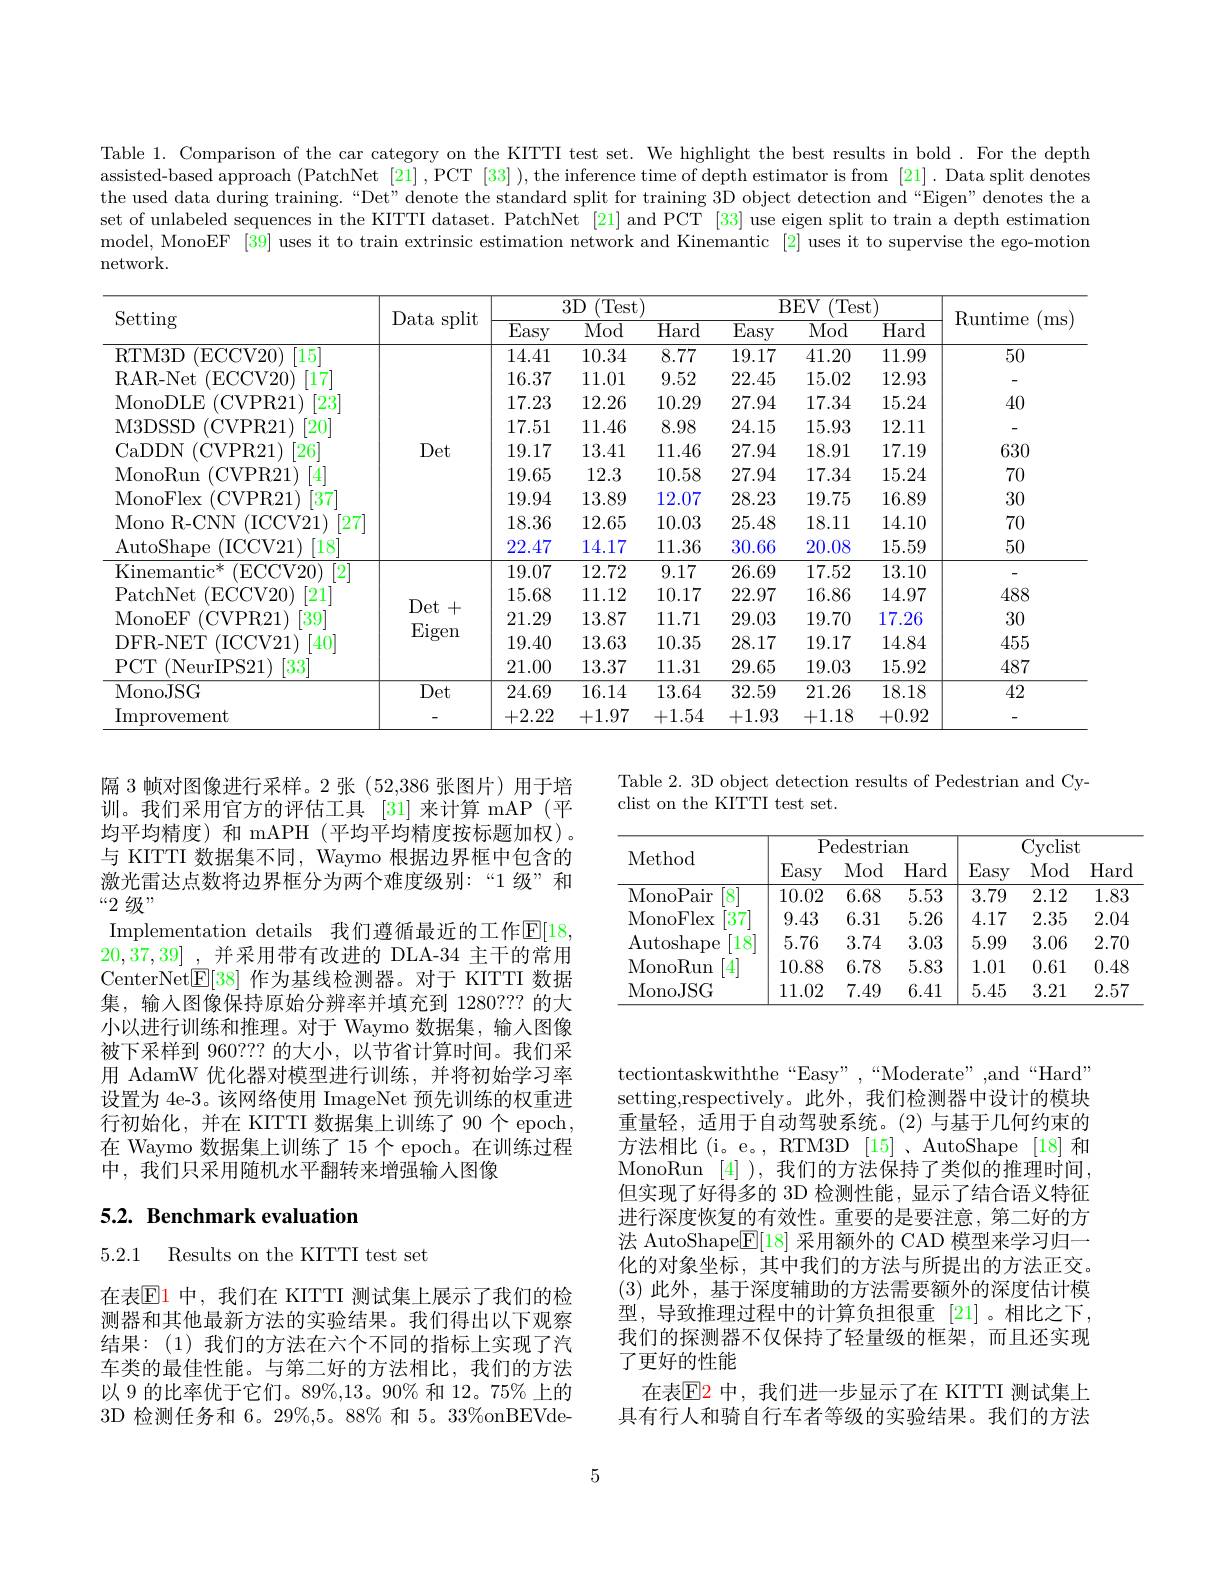
Table 1. Comparison of the car category on the KITTI test set. We highlight the best results in bold. For the depth assisted-based approach (PatchNet [21] ,PCT [33] ), the inference time of depth estimator is from [21]. Data split denotes the used data during training.“Det”denote the standard split for training 3D object detection and“Eigen" denotes the a set of unlabeled sequences in the KITTI dataset. PatchNet [21] and PCT [33] use eigen split to train a depth estimation model, MonoEF [39] uses it to train extrinsic estimation network and Kinemantic [2] uses it to supervise the ego-motion network.

<table>
	<tbody>
		<tr>
			<th rowspan="2">Setting</th>
			<th rowspan="2">Data split</th>
			<th colspan="3">3D(Test)</th>
			<th colspan="3">$\overline{\mathrm{BEV~(Test)}}$</th>
			<th rowspan="2">Runtime ms</th>
		</tr>
		<tr>
			<th>$\overline{\mathrm{Easy}}$</th>
			<th>Mod</th>
			<th>$\overline{\mathrm{Hard}}$</th>
			<th>$\overline{\mathrm{Easy}}$</th>
			<th>Mod</th>
			<th>$\overline{\mathrm{Hard}}$</th>
		</tr>
		<tr>
			<td>RTM3D (ECCV20) 15</td>
			<td> </td>
			<td>14.41</td>
			<td>10.34</td>
			<td>8.77</td>
			<td>19.17</td>
			<td>41.20</td>
			<td>11.99</td>
			<td>50</td>
		</tr>
		<tr>
			<td>[17] RAR- Net (ECCV20)</td>
			<td rowspan="8">Det</td>
			<td>16.37</td>
			<td>11.01</td>
			<td>9.52</td>
			<td>22.45</td>
			<td>15.02</td>
			<td>12.93</td>
			<td> </td>
		</tr>
		<tr>
			<td>MonoDLE $\left[23\right]$ (CVPR21)</td>
			<td>17.23</td>
			<td>12.26</td>
			<td>10.29</td>
			<td>27.94</td>
			<td>17.34</td>
			<td>15.24</td>
			<td>40</td>
		</tr>
		<tr>
			<td>[20] M3DSSD (CVPR21)</td>
			<td>17.51</td>
			<td>11.46</td>
			<td>8.98</td>
			<td>24.15</td>
			<td>15.93</td>
			<td>12.11</td>
			<td> </td>
		</tr>
		<tr>
			<td>[26] CaDDN (CVPR21)</td>
			<td>19.17</td>
			<td>13.41</td>
			<td>11.46</td>
			<td>27.94</td>
			<td>18.91</td>
			<td>17.19</td>
			<td>630</td>
		</tr>
		<tr>
			<td>MonoRun [4] (CVPR21)</td>
			<td>19.65</td>
			<td>12.3</td>
			<td>10.58</td>
			<td>27.94</td>
			<td>17.34</td>
			<td>15.24</td>
			<td>70</td>
		</tr>
		<tr>
			<td>[37 MonoFlex ${\mathrm{<}}($CVPR21)</td>
			<td>19.94</td>
			<td>13.89</td>
			<td>12.07</td>
			<td>28.23</td>
			<td>19.75</td>
			<td>16.89</td>
			<td>30</td>
		</tr>
		<tr>
			<td>$[27^{.}$ Mono R- CNN (ICCV21)</td>
			<td>18.36</td>
			<td>12.65</td>
			<td>10.03</td>
			<td>25.48</td>
			<td>18.11</td>
			<td>14.10</td>
			<td>70</td>
		</tr>
		<tr>
			<td>AutoShape (ICCV21) [18]</td>
			<td>22.47</td>
			<td>14.17</td>
			<td>11.36</td>
			<td>30.66</td>
			<td>20.08</td>
			<td>15.59</td>
			<td>50</td>
		</tr>
		<tr>
			<td>Kinemanti$c^{* }$ (ECCV20) [2]</td>
			<td rowspan="5">$Det+$ Eigen</td>
			<td>19.07</td>
			<td>12.72</td>
			<td>9.17</td>
			<td>26.69</td>
			<td>17.52</td>
			<td>13.10</td>
			<td> </td>
		</tr>
		<tr>
			<td>PatchNet (ECCV20) $\left[21\right]$</td>
			<td>15.68</td>
			<td>11.12</td>
			<td>10.17</td>
			<td>22.97</td>
			<td>16.86</td>
			<td>14.97</td>
			<td>488</td>
		</tr>
		<tr>
			<td>MonoEF (CVPR21) [39]</td>
			<td>21.29</td>
			<td>13.87</td>
			<td>11.71</td>
			<td>29.03</td>
			<td>19.70</td>
			<td>17.26</td>
			<td>30</td>
		</tr>
		<tr>
			<td>DFR- NET (ICCV21) $\dot{4}0^{\cdot}$</td>
			<td>19.40</td>
			<td>13.63</td>
			<td>10.35</td>
			<td>28.17</td>
			<td>19.17</td>
			<td>14.84</td>
			<td>455</td>
		</tr>
		<tr>
			<td>$PCT$ (NeurIPS21) [33]</td>
			<td>21.00</td>
			<td>13.37</td>
			<td>11.31</td>
			<td>29.65</td>
			<td>19.03</td>
			<td>15.92</td>
			<td>487</td>
		</tr>
		<tr>
			<td>MonoJSG</td>
			<td>Det</td>
			<td>24.69</td>
			<td>16.14</td>
			<td>13.64</td>
			<td>32.59</td>
			<td>21.26</td>
			<td>18.18</td>
			<td>42</td>
		</tr>
		<tr>
			<td>Improvement</td>
			<td> </td>
			<td>+2.222</td>
			<td>+1.97</td>
			<td>+1.54</td>
			<td>+1.93</td>
			<td>+1.18</td>
			<td>+0.92</td>
			<td> </td>
		</tr>
	</tbody>
</table>

Table 2. 3D object detection results of Pedestrian and Cy-
clist on the KITTI test set.

<table>
	<tbody>
		<tr>
			<th rowspan="2">Method</th>
			<th colspan="3">Pedestrian</th>
			<th colspan="3">Cyclist</th>
		</tr>
		<tr>
			<th>Easy</th>
			<th>Mod</th>
			<th>Hard</th>
			<th>Easy</th>
			<th>Mod</th>
			<th>Hard</th>
		</tr>
		<tr>
			<td>MonoPair 8 1</td>
			<td>10.02</td>
			<td>6.68</td>
			<td>5.53</td>
			<td>3.79</td>
			<td>2.12</td>
			<td>1.83</td>
		</tr>
		<tr>
			<td>MonoFlex 37</td>
			<td>9.43</td>
			<td>6.31</td>
			<td>5.26</td>
			<td>4.17</td>
			<td>2.35</td>
			<td>2.04</td>
		</tr>
		<tr>
			<td>Autoshape 1</td>
			<td>5.76</td>
			<td>3.74</td>
			<td>3.03</td>
			<td>5.99</td>
			<td>3.06</td>
			<td>2.70</td>
		</tr>
		<tr>
			<td>MonoRun 4</td>
			<td>10.88</td>
			<td>6.78</td>
			<td>5.83</td>
			<td>1.01</td>
			<td>0.61</td>
			<td>0.48</td>
		</tr>
		<tr>
			<td>MonoJSG</td>
			<td>11.02</td>
			<td>7.49</td>
			<td>6.41</td>
			<td>5.45</td>
			<td>3.21</td>
			<td>2.57</td>
		</tr>
	</tbody>
</table>

隔 3 帧对图像进行采样。2 张 (52,386 张图片)用于培训。我们采用官方的评估工具 [31]来计算 mAP(平均平均精度)和 mAPH(平均平均精度按标题加权)。与 KITTI 数据集不同，Waymo 根据边界框中包含的激光雷达点数将边界框分为两个难度级别：“1 级”和“2 级”
Implementation details 我们遵循最近的工作$\mathsf E[18$, 20,37,39] ,并采用带有改进的 DLA-34 主干的常用CenterNet$\boxed{\mathbb{E}}[38]$作为基线检测器。对于 KITTI 数据集，输入图像保持原始分辨率并填充到 1280??? 的大小以进行训练和推理。对于 Waymo 数据集，输入图像被下采样到 960??? 的大小，以节省计算时间。我们采用 AdamW 优化器对模型进行训练，并将初始学习率设置为 4e-3。该网络使用 ImageNet 预先训练的权重进行初始化，并在 KITTI 数据集上训练了90个 epoch, 在 Waymo 数据集上训练了 15 个 epoch。在训练过程中，我们只采用随机水平翻转来增强输人图像

# 5.2. Benchmark evaluation

tectiontaskwiththe“Easy”,“Moderate”,and“Hard” setting,respectively。此外，我们检测器中设计的模块重量轻，适用于自动驾驶系统。(2)与基于几何约束的方法相比(i。e。,RTM3D[15]、AutoShape[18]和MonoRun [4] ),我们的方法保持了类似的推理时间， 但实现了好得多的 3D 检测性能，显示了结合语义特征进行深度恢复的有效性。重要的是要注意，第二好的方法 AutoShape$\overline{\mathbb{E}}[18]$采用额外的 CAD 模型来学习归一化的对象坐标，其中我们的方法与所提出的方法正交。(3)此外，基于深度辅助的方法需要额外的深度估计模型，导致推理过程中的计算负担很重[21]。相比之下， 我们的探测器不仅保持了轻量级的框架，而且还实现了更好的性能
在表$\mathbb{E}$2 中，我们进一步显示了在 KITTI 测试集上具有行人和骑自行车者等级的实验结果。我们的方法

5.2.1 Results on the KITTI test set

在表$\mathbb{E}$1 中，我们在 KITTI 测试集上展示了我们的检测器和其他最新方法的实验结果。我们得出以下观察结果：(1)我们的方法在六个不同的指标上实现了汽车类的最佳性能。与第二好的方法相比，我们的方法以 9 的比率优于它们。89%,13。90% 和 12。75% 上的3D 检测任务和 6。29%,5。88% 和 5。33%onBEVde-

5